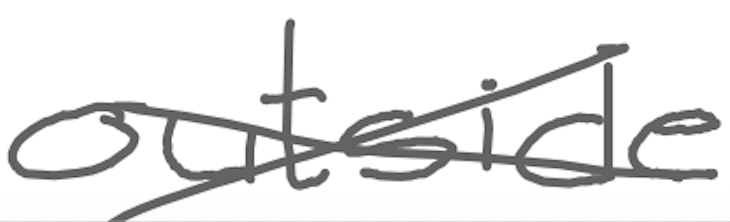
Text: outside
Cross-out: cross
Writing tool: digital_gray